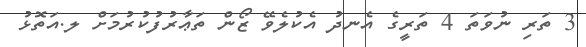
3 ތަރި ނުވަތަ 4 ތަރީގެ އެނދު އެކުލެވޭ ޒޯން ތަޢާރުފުކުރުމަށް ލ.އަތޮޅު